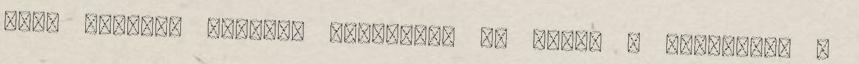
ezek szerint Padlóra kerültem, de innen . Bamboocha -